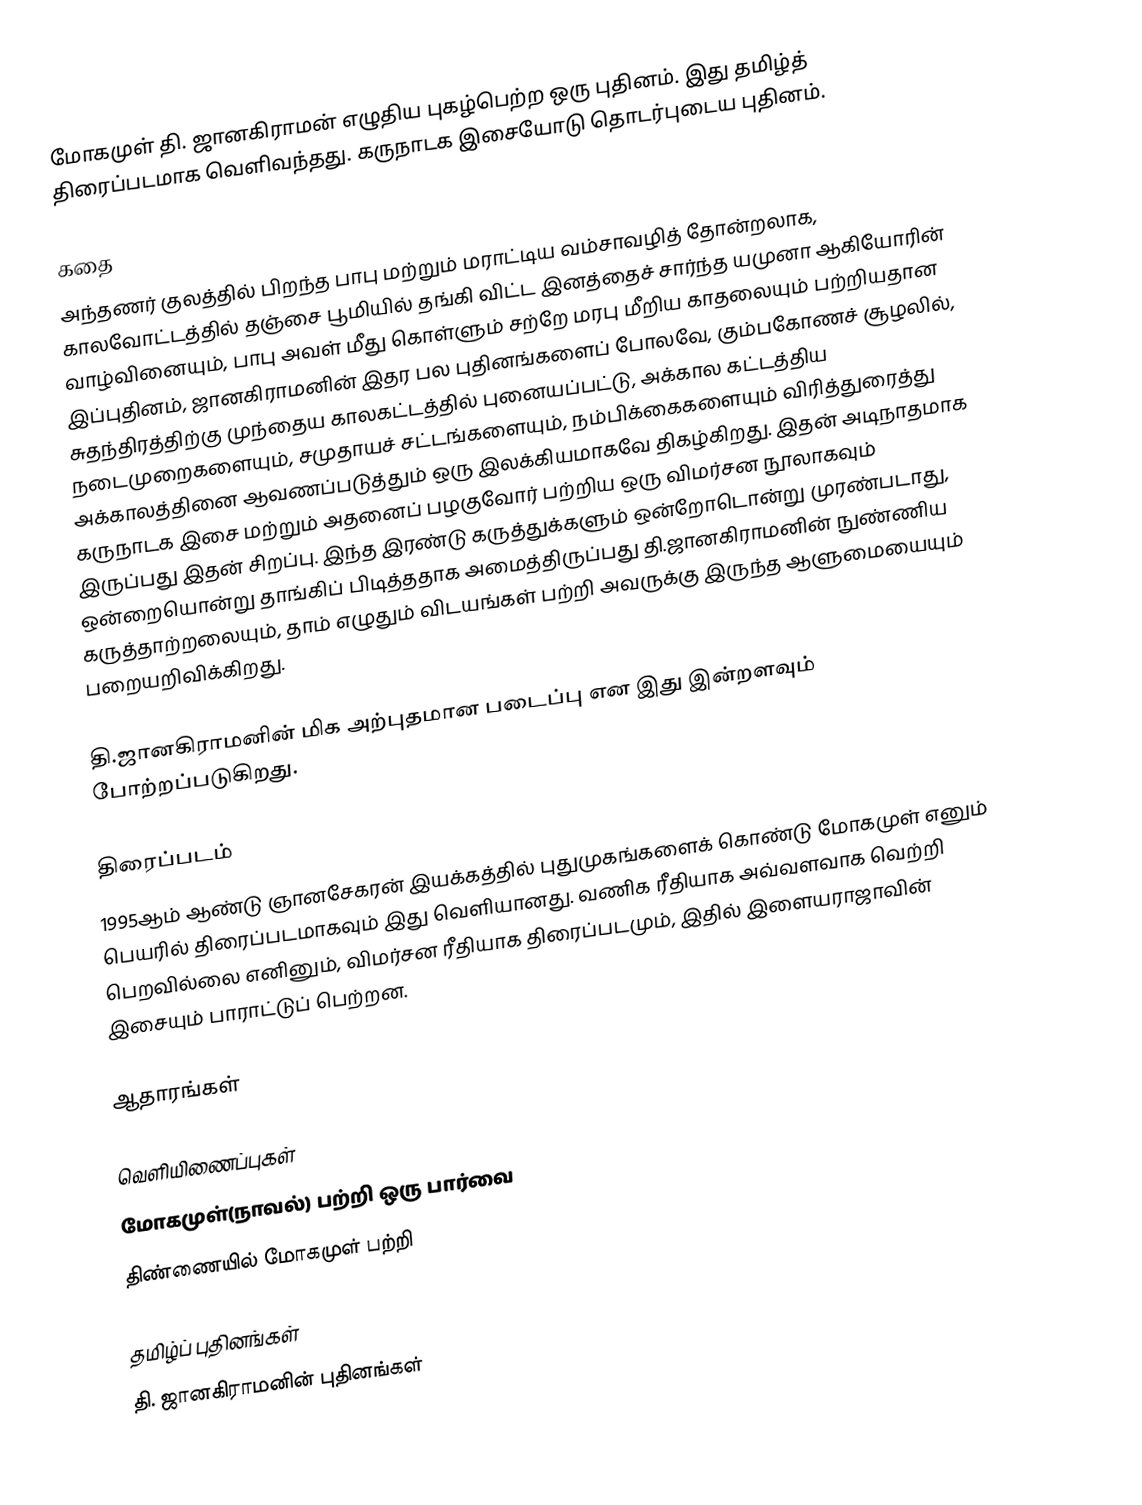
மோகமுள் தி. ஜானகிராமன் எழுதிய புகழ்பெற்ற ஒரு புதினம். இது தமிழ்த் திரைப்படமாக வெளிவந்தது. கருநாடக இசையோடு தொடர்புடைய புதினம்.

கதை
அந்தணர் குலத்தில் பிறந்த பாபு மற்றும் மராட்டிய வம்சாவழித் தோன்றலாக, காலவோட்டத்தில் தஞ்சை பூமியில் தங்கி விட்ட இனத்தைச் சார்ந்த யமுனா ஆகியோரின் வாழ்வினையும், பாபு அவள் மீது கொள்ளும் சற்றே மரபு மீறிய காதலையும் பற்றியதான இப்புதினம்,  ஜானகிராமனின் இதர பல புதினங்களைப் போலவே, கும்பகோணச் சூழலில், சுதந்திரத்திற்கு முந்தைய காலகட்டத்தில் புனையப்பட்டு, அக்கால கட்டத்திய நடைமுறைகளையும், சமுதாயச் சட்டங்களையும், நம்பிக்கைகளையும் விரித்துரைத்து அக்காலத்தினை ஆவணப்படுத்தும் ஒரு இலக்கியமாகவே திகழ்கிறது. இதன் அடிநாதமாக கருநாடக இசை மற்றும் அதனைப் பழகுவோர் பற்றிய ஒரு விமர்சன நூலாகவும் இருப்பது இதன் சிறப்பு. இந்த இரண்டு கருத்துக்களும் ஒன்றோடொன்று முரண்படாது, ஒன்றையொன்று தாங்கிப் பிடித்ததாக அமைத்திருப்பது தி.ஜானகிராமனின் நுண்ணிய கருத்தாற்றலையும், தாம் எழுதும் விடயங்கள் பற்றி அவருக்கு இருந்த ஆளுமையையும் பறையறிவிக்கிறது.

தி.ஜானகிராமனின் மிக அற்புதமான படைப்பு என இது இன்றளவும் போற்றப்படுகிறது.

திரைப்படம்
1995ஆம் ஆண்டு ஞானசேகரன் இயக்கத்தில் புதுமுகங்களைக் கொண்டு மோகமுள் எனும் பெயரில்  திரைப்படமாகவும் இது வெளியானது. வணிக ரீதியாக அவ்வளவாக வெற்றி பெறவில்லை எனினும், விமர்சன ரீதியாக திரைப்படமும், இதில் இளையராஜாவின் இசையும் பாராட்டுப் பெற்றன.

ஆதாரங்கள்

வெளியிணைப்புகள்
  மோகமுள்(நாவல்) பற்றி ஒரு பார்வை
 திண்ணையில் மோகமுள் பற்றி

தமிழ்ப் புதினங்கள்
தி. ஜானகிராமனின் புதினங்கள்